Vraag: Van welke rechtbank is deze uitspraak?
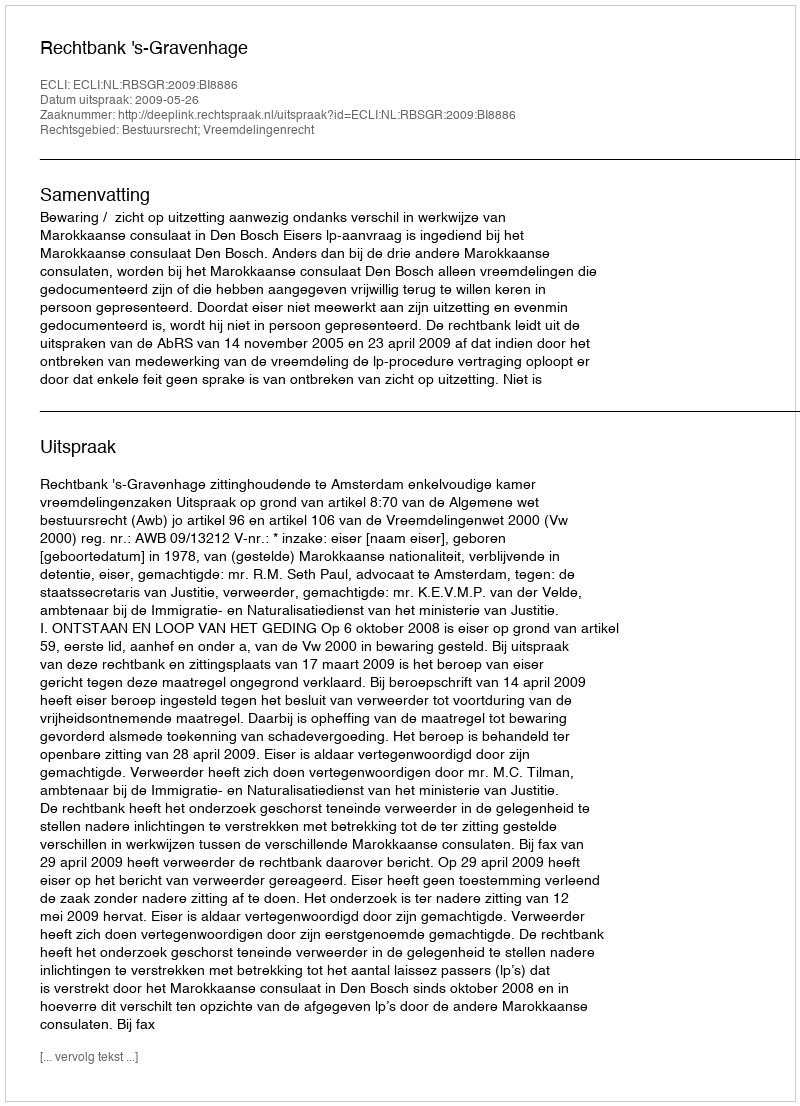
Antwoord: Rechtbank 's-Gravenhage